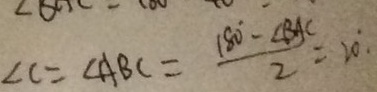
\angle C = \angle A B C = \frac { 1 8 0 ^ { \circ } - \angle B A C } { 2 } = 2 0 ^ { \circ }